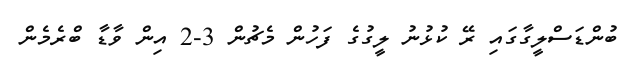
ބުންޑަސްލީގާގައި ރޭ ކުޅުނު ލީގުގެ ފަހުން މެޗުން 3-2 އިން ވާޑާ ބްރެމެން